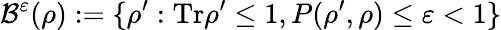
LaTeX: \mathcal{B}^{\varepsilon}(\rho):=\{ \rho^{\prime}:\mathrm{Tr}\rho^{\prime}\leq 1,P(\rho^{\prime},\rho)\leq\varepsilon<1\}